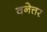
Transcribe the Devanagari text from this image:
वनेत्तर